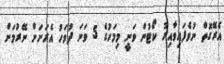
އެރޭގޮތް ނުވެފައިވާއިރު ކޯޓުން ވަނީ މިމަހުގެ 5 ވަނަ ދުވަހު އެރަށަށް ނޭރުމަށް